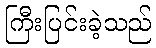
ကြီးပြင်းခဲ့သည်